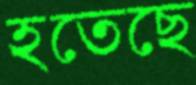
হতেছে